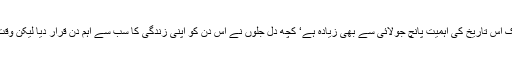
ہاں وہ اس تاریخ پر کسی قسم کی تقریبات تو منعقد نہیں کرتے لیکن ان کے نزدیک اس تاریخ کی اہمیت پانچ جولائی سے بھی زیادہ ہے‘ کچھ دل جلوں نے اس دن کو اپنی زندگی کا سب سے اہم دن قرار دیا لیکن وقت گزرنے کیساتھ ساتھ یہ تاریخ ایک پرانے زخم کے سوا اور کچھ بھی نہیں رہی۔